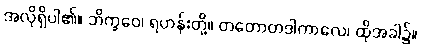
အလိုရှိပါ၏။ ဘိက္ခဝေ၊ ရဟန်းတို့။ တတောတဒါကာလေ၊ ထိုအခါ၌။